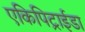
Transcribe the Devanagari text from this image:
एकिपिट्राईडा